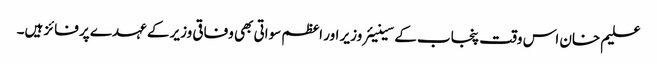
علیم خان اس وقت پنجاب کے سینیئر وزیر اور اعظم سواتی بھی وفاقی وزیر کے عہدے پر فائز ہیں۔